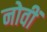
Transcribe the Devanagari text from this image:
नोवीं